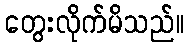
တွေးလိုက်မိသည်။